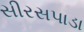
સીરસપાડા